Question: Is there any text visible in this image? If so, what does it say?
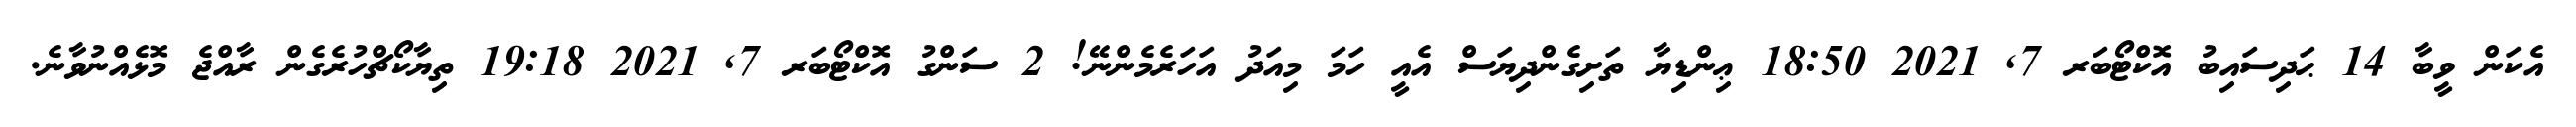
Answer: އެކަން ވީބާ 14 ޙަދިސައިބު އޮކްޓޯބަރ 7, 2021 18:50 ޢިންޑިޔާ ތަށިގެންދިޔަސް އެއީ ހަމަ މިއަދު އަހަރެމެންނޭ! 2 ސަންގު އޮކްޓޯބަރ 7, 2021 19:18 ތިޔާކޯޗްހުރެގެން ރާއްޖެ މޮޅެއްނުވާނެ.